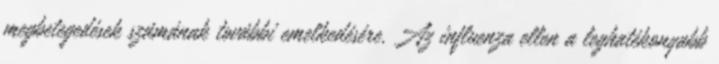
megbetegedések számának további emelkedésére. Az influenza ellen a leghatékonyabb